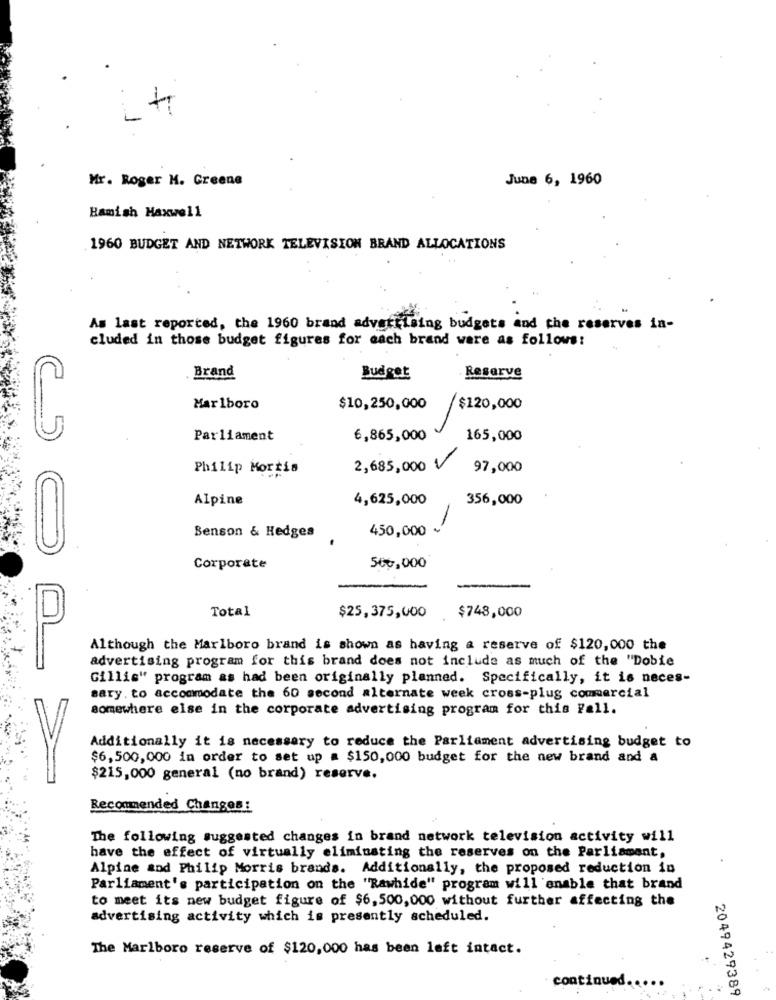
Mr. Roger M. Greene
June 6, 1960
Hamish Maxwell
1960 BUDGET AND NETWORK TELEVISION BRAND ALLOCATIONS
As last reported, the 1960 brand advertising budgets and the reserves in-
cluded in those budget figures for each brand ware as follows:
Reserve
Brand
Budget
Marlboro
$10,250,000
$120,000
(5
Parliament
6,865,000
165,000
Philip Morris
2,685,000 V
97,000
Alpine
4,625,000
356,000
-
-
450,000 -
Benson & Hedges
U
Corporate
566,000
Total
$748,000
$25,375,000
Although the Marlboro brand is shown as having a reserve of $120,000 the
advertising program for this brand does not include as much of the "Dobie
Gillis" program as had been originally planned. Specifically, it is neces-
sary. to accommodate the 60 second alternate week cross-plug commercial
somewhere else in the corporate advertising program for this Fall.
Additionally it is necessary to reduce the Parliament advertising budget to
$6,500,000 in order to set up = $150,000 budget for the new brand and a
$215,000 general (no brand) reserve.
Recommended Changes:
The following suggested changes in brand network television activity will
have the effect of virtually eliminating the reserves on the Parliament,
Alpine and Philip Morris brands. Additionally, the proposed reduction in
Parliament's participation on the "Rawhide" program will enable that brand
to meet its new budget figure of $6, 500,000 without further affecting the
advertising activity which is presently scheduled.
The Marlboro reserve of $120,000 has been left intact.
continued
...
2049429389